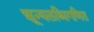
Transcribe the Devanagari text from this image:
शून्यलब्धिगणित